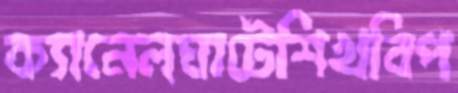
ক্যানেলঘাটেশিখবিপ